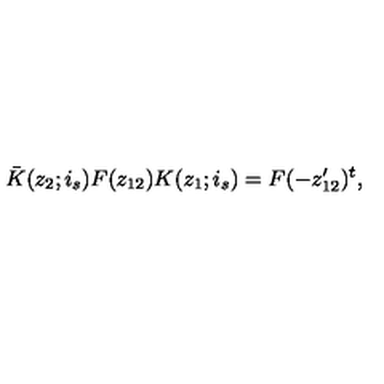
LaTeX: \bar { K } ( z _ { 2 } ; i _ { s } ) F ( z _ { 1 2 } ) K ( z _ { 1 } ; i _ { s } ) = F ( - z _ { 1 2 } ^ { \prime } ) ^ { t } ,